Medical and sanitary report of the native army of Bengal for the year
Year: 1877
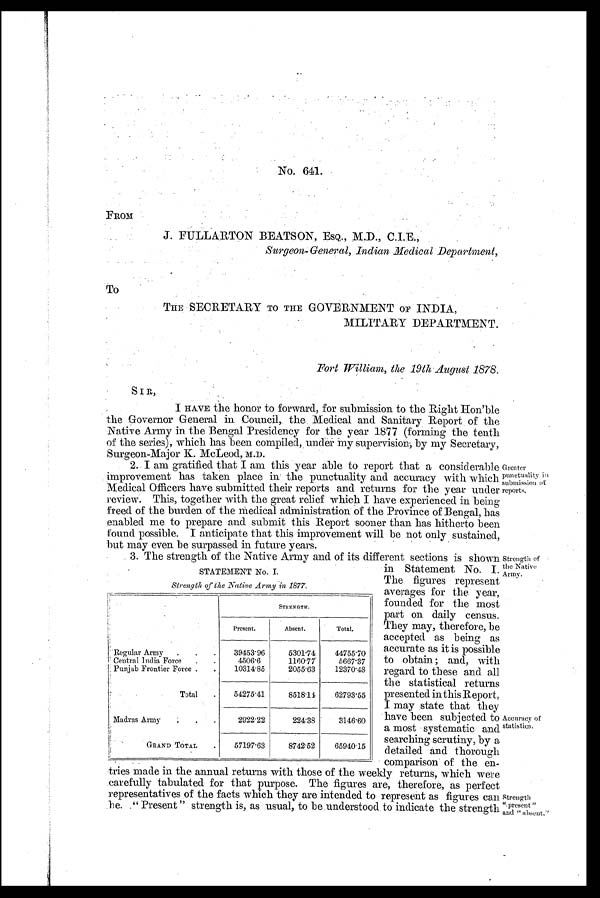
No. 641.
FROM
J . F U L L A R T O N B E A T S O N ,
E S Q . , M . D . , C . I . E . ,
Surgeon-General, Indian Medical Department,
THE SECRETARY TO THE GOVERNMENT OF INDIA,
MILITARY DEPARTMENT.
Fort William, the 19th August 1878.
To
SIR,
I HAVE the honor to forward, for submission to the Right Hon'ble
the Governor General in Council, the Medical and Sanitary Report of the
Native Army in the Bengal Presidency for the year 1877 (forming the tenth
of the series), which has been compiled, under my supervision; by my Secretary,
Surgeon-Major K. McLeod, M.D.
2. I am gratified that I am this year able to report that a considerable
improvement has taken place in the punctuality and accuracy with which
Medical Officers have submitted their reports and returns for the year under
review. This, together with the great relief which I have experienced in being
freed of the burden of the medical administration of the Province of Bengal, has
enabled me to prepare and submit this Report sooner than has hitherto been
found possible. I anticipate that this improvement will be not only sustained,
but may even be surpassed in future years.
3. The strength of the Native Army and of its different sections is shown
STATEMENT No. I.
Strength of the Native Army in 1877.
S T R E N G T H .
P r e s e n t .
Absent.
Tot al .
Regular Army
3 9 4 5 3 . 9 6
5 3 0 1 . 7 4
4 4 7 5 5 . 7 0
Central India Force
4 5 0 6 . 6
1 1 6 0 . 7 7
5 6 6 7 . 3 7
Punjab Frontier Force
1 0 3 1 4 . 8 5
2 0 5 5 . 6 3
1 2 3 7 0 . 4 8
Total
5 4 2 7 5 . 4 1
8 5 1 8 . 1 4
6 2 7 9 3 . 5 5
Madras Army
2 9 2 2 . 2 2
2 2 4 . 3 8
3 1 4 6 . 6 0
G R A N D T O T A L
5 7 1 9 7 . 6 3
8 7 4 2 . 5 2
6 5 9 4 0 . 1 5
tries made in the annual returns with those of the weekly returns, Which
wrer
carefully tabulated for that purpose. The figures are, therefore, as perfect
representatives of the facts which they are intended to represent as figures can
be "Present " strength is, as usual, to be understood to indicate the strength
i n S t a t e m e n t N o . 1
.
The figures represent
averages for the year,
founded for the most
part on daily census.
They may, therefore, be
accepted as being as
accurate as it is possible
to obtain ; and, with
regard to these and all
the statistical returns
presented in this Report,
I may state that they
have been subjected to
a most systematic and
searching scrutiny, by a
detailed and thorough
comparison of the en-
;renter
ametmlity in
ulmuSsinn of
eports.
Strength of
the Native
Army.
&ceuraey of
statistics.
Strength
cc. preset) t "
and " absent.''